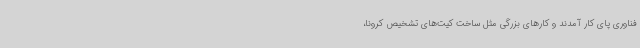
فناوری پای کار آمدند و کارهای بزرگی مثل ساخت کیت‌های تشخیص کرونا،